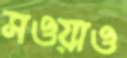
সওয়াও